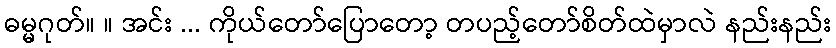
ဓမ္မဂုတ်။ ။ အင်း ... ကိုယ်တော်ပြောတော့ တပည့်တော်စိတ်ထဲမှာလဲ နည်းနည်း